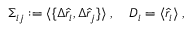
\begin{array} { r } { \Sigma _ { i j } : = \langle \{ \Delta \hat { r } _ { i } , \Delta \hat { r } _ { j } \} \rangle \; , \quad D _ { i } = \langle \hat { r } _ { i } \rangle \; , } \end{array}